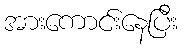
အားကောင်းနေပြီး